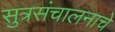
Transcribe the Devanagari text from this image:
सुत्रसंचालनाचे